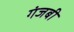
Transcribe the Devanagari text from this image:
गंजबी